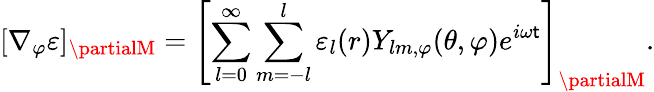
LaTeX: [\nabla_{\varphi}\varepsilon]_{\partialM}=\left[\sum_{l=0}^{\infty}\sum_{m=-l}^{l}\varepsilon_{l}(r)Y_{lm,\varphi}(\theta,\varphi)e^{i\omega\mathsf{t}}\right]_{\partialM}.